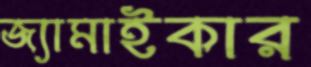
জ্যামাইকার